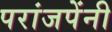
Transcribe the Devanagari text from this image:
परांजपेंनी